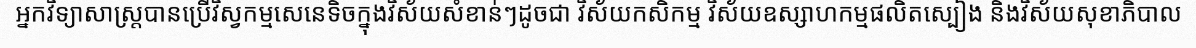
អ្នកវិទ្យាសាស្ត្របានប្រើវិស្វកម្មសេនេទិចក្នុងវិស័យសំខាន់ៗដូចជា វិស័យកសិកម្ម វិស័យឧស្សាហកម្មផលិតស្បៀង និងវិស័យសុខាភិបាល